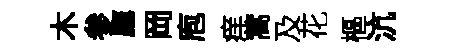
木参鷹岡庖痒蒿及花樞沆